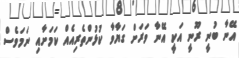
އޭނާ ބުނީ ރޫނީ އަކީ އޭނާ ވަރަށް ގަޔާވާ ކުޅުންތެރިއެއް ކަމަށާއި ނަމަވެސް